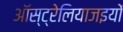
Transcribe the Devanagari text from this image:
ऑस्ट्रेलियाजइयों